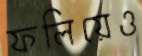
ফলিয়েও